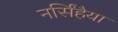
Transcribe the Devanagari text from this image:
नर्सिंहैया